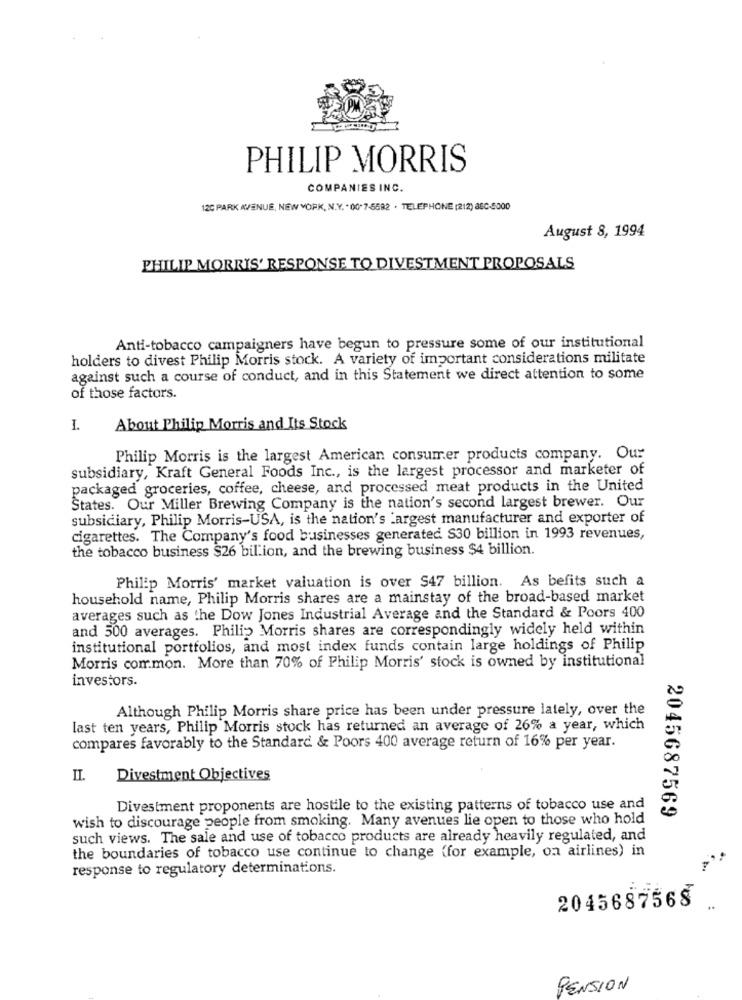
PHILIP MORRIS
COMPANIES INC.
120 PARK AVENUE, NEW YORK, N.Y. . 00-7-5582 . TELEPHONE (212) 380-6000
August 8, 1994
PHILIP MORRIS' RESPONSE TO DIVESTMENT PROPOSALS
Anti-tobacco campaigners have begun to pressure some of our institutional
holders to divest Philip Morris stock. A variety of important considerations militate
against such a course of conduct, and in this Statement we direct attention to some
of those factors.
I.
About Philip Morris and Its Stock
Philip Morris is the largest American consumer products company. Our
subsidiary, Kraft General Foods Inc ., is the largest processor and marketer of
packaged groceries, coffee, cheese, and processed meat products in the United
States. Our Miller Brewing Company is the nation's second largest brewer. Our
subsidiary, Philip Morris-USA, is the nation's Largest manufacturer and exporter of
cigarettes. The Company's food businesses generated. S30 billion in 1993 revenues,
the tobacco business $26 billion, and the brewing business $4 billion.
Philip Morris' market valuation is over $47 billion. As befits such a
household name, Philip Morris shares are a mainstay of the broad-based market
averages such as the Dow Jones Industrial Average and the Standard & Poors 400
and 500 averages. Philip Morris shares are correspondingly widely held within
institutional portfolios, and most index funds contain large holdings of Philip
Morris common. More than 70% of Philip Morris' stock is owned by institutional
investors.
Although Philip Morris share price has been under pressure lately, over the
last ten years, Philip Morris stock has returned an average of 26% a year, which
compares favorably to the Standard & Poors 400 average return of 16% per year.
II.
Divestment Objectives
Divestment proponents are hostile to the existing patterns of tobacco use and
2045687569
wish to discourage people from smoking. Many avenues lie open to those who hold
such views. The sale and use of tobacco products are already heavily regulated, and
the boundaries of tobacco use continue to change (for example, on airlines) in
response to regulatory determinations.
2045687568
PENSION